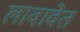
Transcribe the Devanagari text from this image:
लावावेत